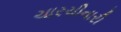
ચારચીનારી